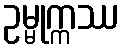
ဥမ္မုက္ကဿ